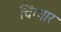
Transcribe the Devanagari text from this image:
चिंग्धार